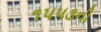
૧૫૫૩ની